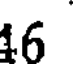
46